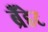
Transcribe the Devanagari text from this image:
ब्रैंडेट